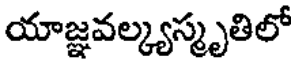
యాజ్ఞవల్క్యస్మృతిలో